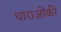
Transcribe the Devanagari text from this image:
धाराओंकी